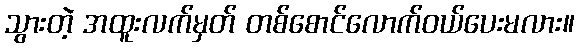
သွားတဲ့ အထူးလက်မှတ် တစ်စောင်လောက်ဝယ်ပေးမလား။